Scottish Leaving Certificate Examination, 1961
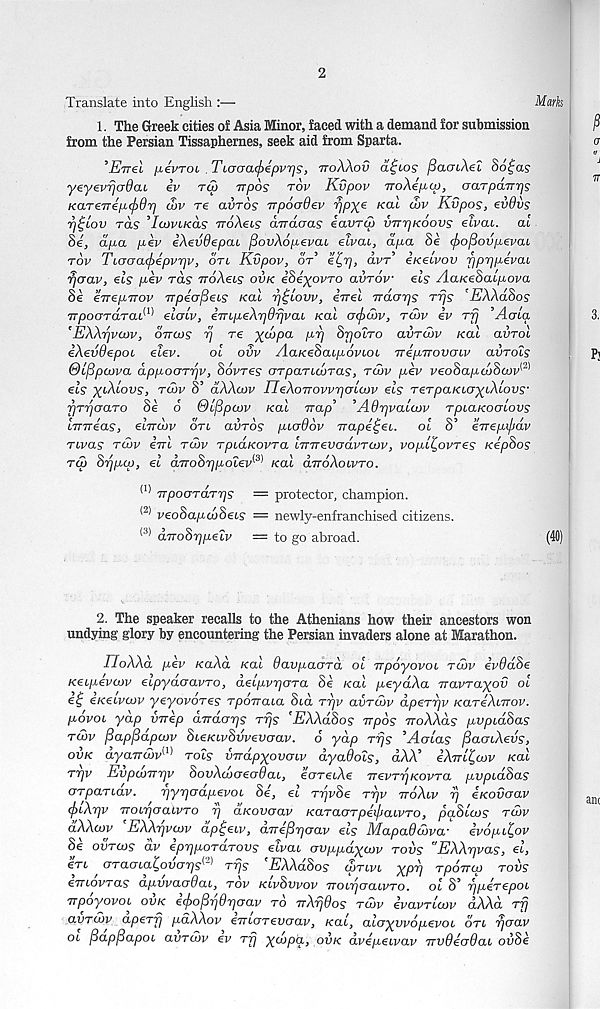
2
Translate into English :—
Marks
1. The Greek cities of Asia Minor, faced with a demand for submission
from the Persian Tissaphernes, seek aid from Sparta.
’Eirel [xivTOL TLocracfrepvrjs, ttoXXov ai^ios flcunXel So^a?
yeyevijcrOaL iv tu> rrpos tov Kvpov iroXeptp, aarpdirrjs
KaTeTrep-cjiOrj d>v re avros Trpoadev ripX e Ka ' L ^ Kvpos, ev9vs
rj^cov rds ’IcovLKas TroXeis drrdaas iavra) vTrrjKoovs eivai. at
8e, dpa pev iXevdepat, ^ovXopevac eivai, dpa Se (fsoflovpevai
rov Tiacra(f>epvrjv, on Kvpov, or’ e^rj, dvr’ irceivov fjprjpevai
rjcrav, els pev rds voXeis ovk eSeyovro avrov els AarceSaipova
Se errepTTOv rrpeopeis teal rj^lovv, evel rrdarjs rrjs 'EXXdSos
TTpoardraX 1 ' 1 elalv, eTnpeXrjdrjvai real cr<f>d)v, rcov iv rfj ’Aula
'EXXrjviov, dirws rj re yApa prj Brjolro avrcov teal aiirol
iXevOepoi elev.
ol odv Aa/eeSaipovioi TTepvovoiv avrols
©l/Spcova CLppOGTTjV, Sdvres crrparuvTas, rcov pev veoSapcvScov^
els xiXlovs, rdov S’ dXXcov TIeXorrovvrjcrUvv els rerpaKiaxiXlovs’
rjTrjoaTO Se o ©Ifipcov Kal Trap’ ’Adrjvalajv rpiaKoolovs
Imreas, eirrdjv on avros piaddv jrape^ei. oi S’ errepifiav
rivas rcov eVt rcov rpiaKovra itttt ever dvr eov, voplt^ovres KepSos
rep Srjpip, el drrohrjpolev^ Kal drroXoivTo.
(1) Trpoerrdrrjs — protector, champion.
(2) veoSapcdSeis — newly-enfranchised citizens.
(3) drrodripelv — to go abroad.
(40)
2. The speaker recalls to the Athenians how their ancestors won
undying glory by encountering the Persian invaders alone at Marathon.
rioXXd pev KaXd Kal davpaard ol irpoyovoi rdiv ev9d8e
Keipevcov eipyaaavro, aeipvrjara Se Kal peydXa rravraxov ol
e^ eKeivcov yeyovores rporraia Sta rrjv avreiov dperrjv KareXnrov.
povoi yap vrrep aTrdcrrjs rrjs ’EXXdSos Trpos rroXXds pvpidSas
rcov fiapfSaparv SieKivSvvevaav. 6 yap rrjs ’Acrlas fiacnXevs,
ovk ayaTTOtv^ rols vrrdpxovaiv dyadois, dAA’ iX7rl^a>v Kal
rrjv Evpuamrjv SovXcooecrdai, eareiXe TTevrrjKOvra pvpidSas
arpanav.
rjyrjcrapevoi Se, el rrjvSe rrjv ttoXiv ^ eKovaav
cfriXrjv TTonqoaivro rj aKovcrav Karaarpei/jaiVTO, paSUos rcov
dXXajv ’EXXrjvwv dpgeiv, drrefirjcrav els MapaQdrva- evopi^ov
Se ovreos av eprjporarovs eivai aappayevv rovs "EXXrjvas, et,
eri o’raaia^ovcr'ps 1 '^ rrjs EXXdSos corivi XPV rpoirip rovs
emovras apvvaoOai, rov kivSvvov Troirjoaivro. ol S’ rjperepoi
rrpoyovoi ovk ecfaofirjdrjcrav to TrXrjdos tcov ivavrlcov dXXd rfj
avrcov aperrj paXXov errujTevoay, Kai, aloywopevoi on rjejav
oi fiapfiapoi avrevv ev rfj xa>pa, ovk dvepeivav vvOecrdai ovSe